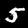
Label: 5